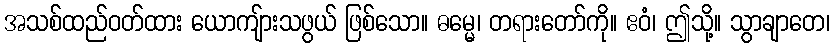
အသစ်ထည်ဝတ်ထား ယောကျ်ားသဖွယ် ဖြစ်သော။ ဓမ္မေ၊ တရားတော်ကို။ ဧဝံ၊ ဤသို့။ သွာချာတေ၊